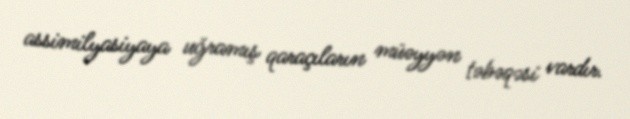
assimilyasiyaya uğramış qaraçıların müəyyən təbəqəsi vardır.